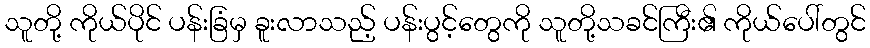
သူတို့ ကိုယ်ပိုင် ပန်းခြံမှ ခူးလာသည့် ပန်းပွင့်တွေကို သူတို့သခင်ကြီး၏ ကိုယ်ပေါ်တွင်